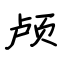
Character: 颅